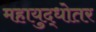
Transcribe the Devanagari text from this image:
महायुद्धोतर